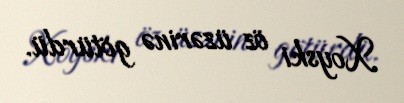
Xoyski öz üzərinə götürdü.